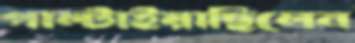
পাল্‌টাইয়াছিলেন